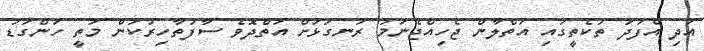
އަދި އެފަދަ ތަކެތީގައި އަތްލާން ޖެހިއްޖެނަމަ ރަނގަޅަށް އަތްދޮވެ ސާފުތާހިރުކަން މަތީ ހަންގަޑު